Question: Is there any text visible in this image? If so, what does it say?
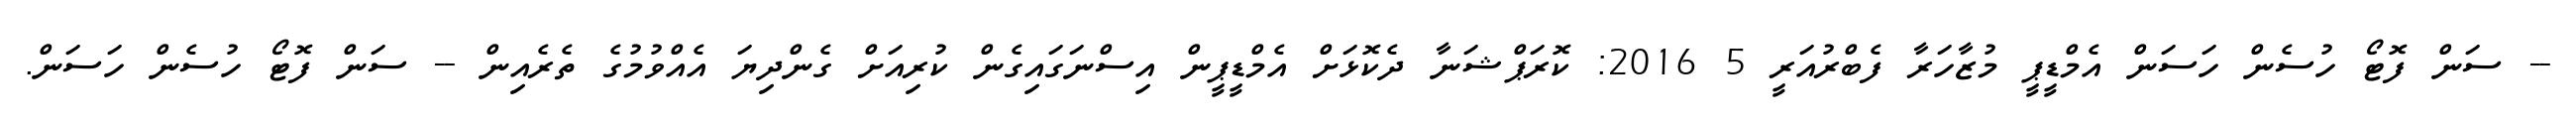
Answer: -- ސަން ފޮޓޯ ހުސެން ހަސަން އެމްޑީޕީ މުޒާހަރާ ފެބްރުއަރީ 5 2016: ކޮރަޕްޝަނާ ދެކޮޅަށް އެމްޑީޕީން އިސްނަގައިގެން ކުރިއަށް ގެންދިޔަ އެއްވުމުގެ ތެރެއިން -- ސަން ފޮޓޯ ހުސެން ހަސަން.